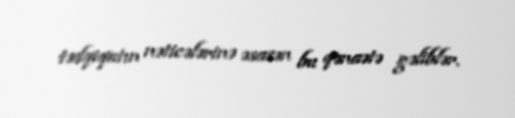
tədqiqatın nəticələrinə əsasən bu qənaətə gəliblər.